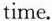
time.